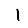
Digit: 1